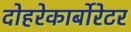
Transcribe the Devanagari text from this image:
दोहरेकार्बोरेटर